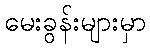
မေးခွန်းများမှာ